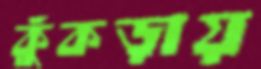
কুঁকড়ায়